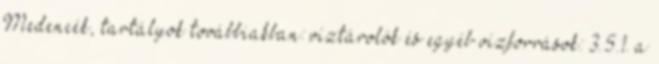
Medencék, tartályok továbbiakban: víztárolók és egyéb vízforrások: 3.5.1. a